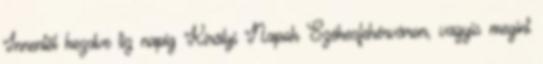
Innentől kezdve tíz napig Királyi Napok Székesfehérváron, vagyis megint